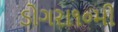
ડોગરા૧૦મી